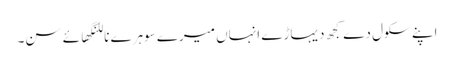
اپنے سکول دے کجھ دیہاڑے انہاں میرے سوہرے ناللنگھائے سن۔